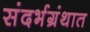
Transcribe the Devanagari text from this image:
संदर्भग्रंथात